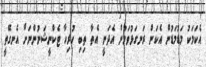
އެކަމަކު މަޑުމަޑުން އެކަން ރަނގަޅުވަމުން އެދަނީ އެތާ ތިބި ހުރިހާ ޓެކްނީޝަނުންނަށް އެނގޭތީ